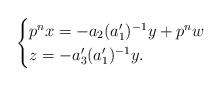
LaTeX: \begin{align*}\begin{cases}p^{n}{x}=-a_2(a'_1)^{-1}y+p^{n}{w}\\z=-a'_3(a'_1)^{-1}y.\end{cases}\end{align*}